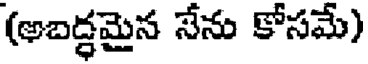
(అబద్ధమైన నేను కోసమే)